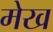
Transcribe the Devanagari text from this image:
मेख